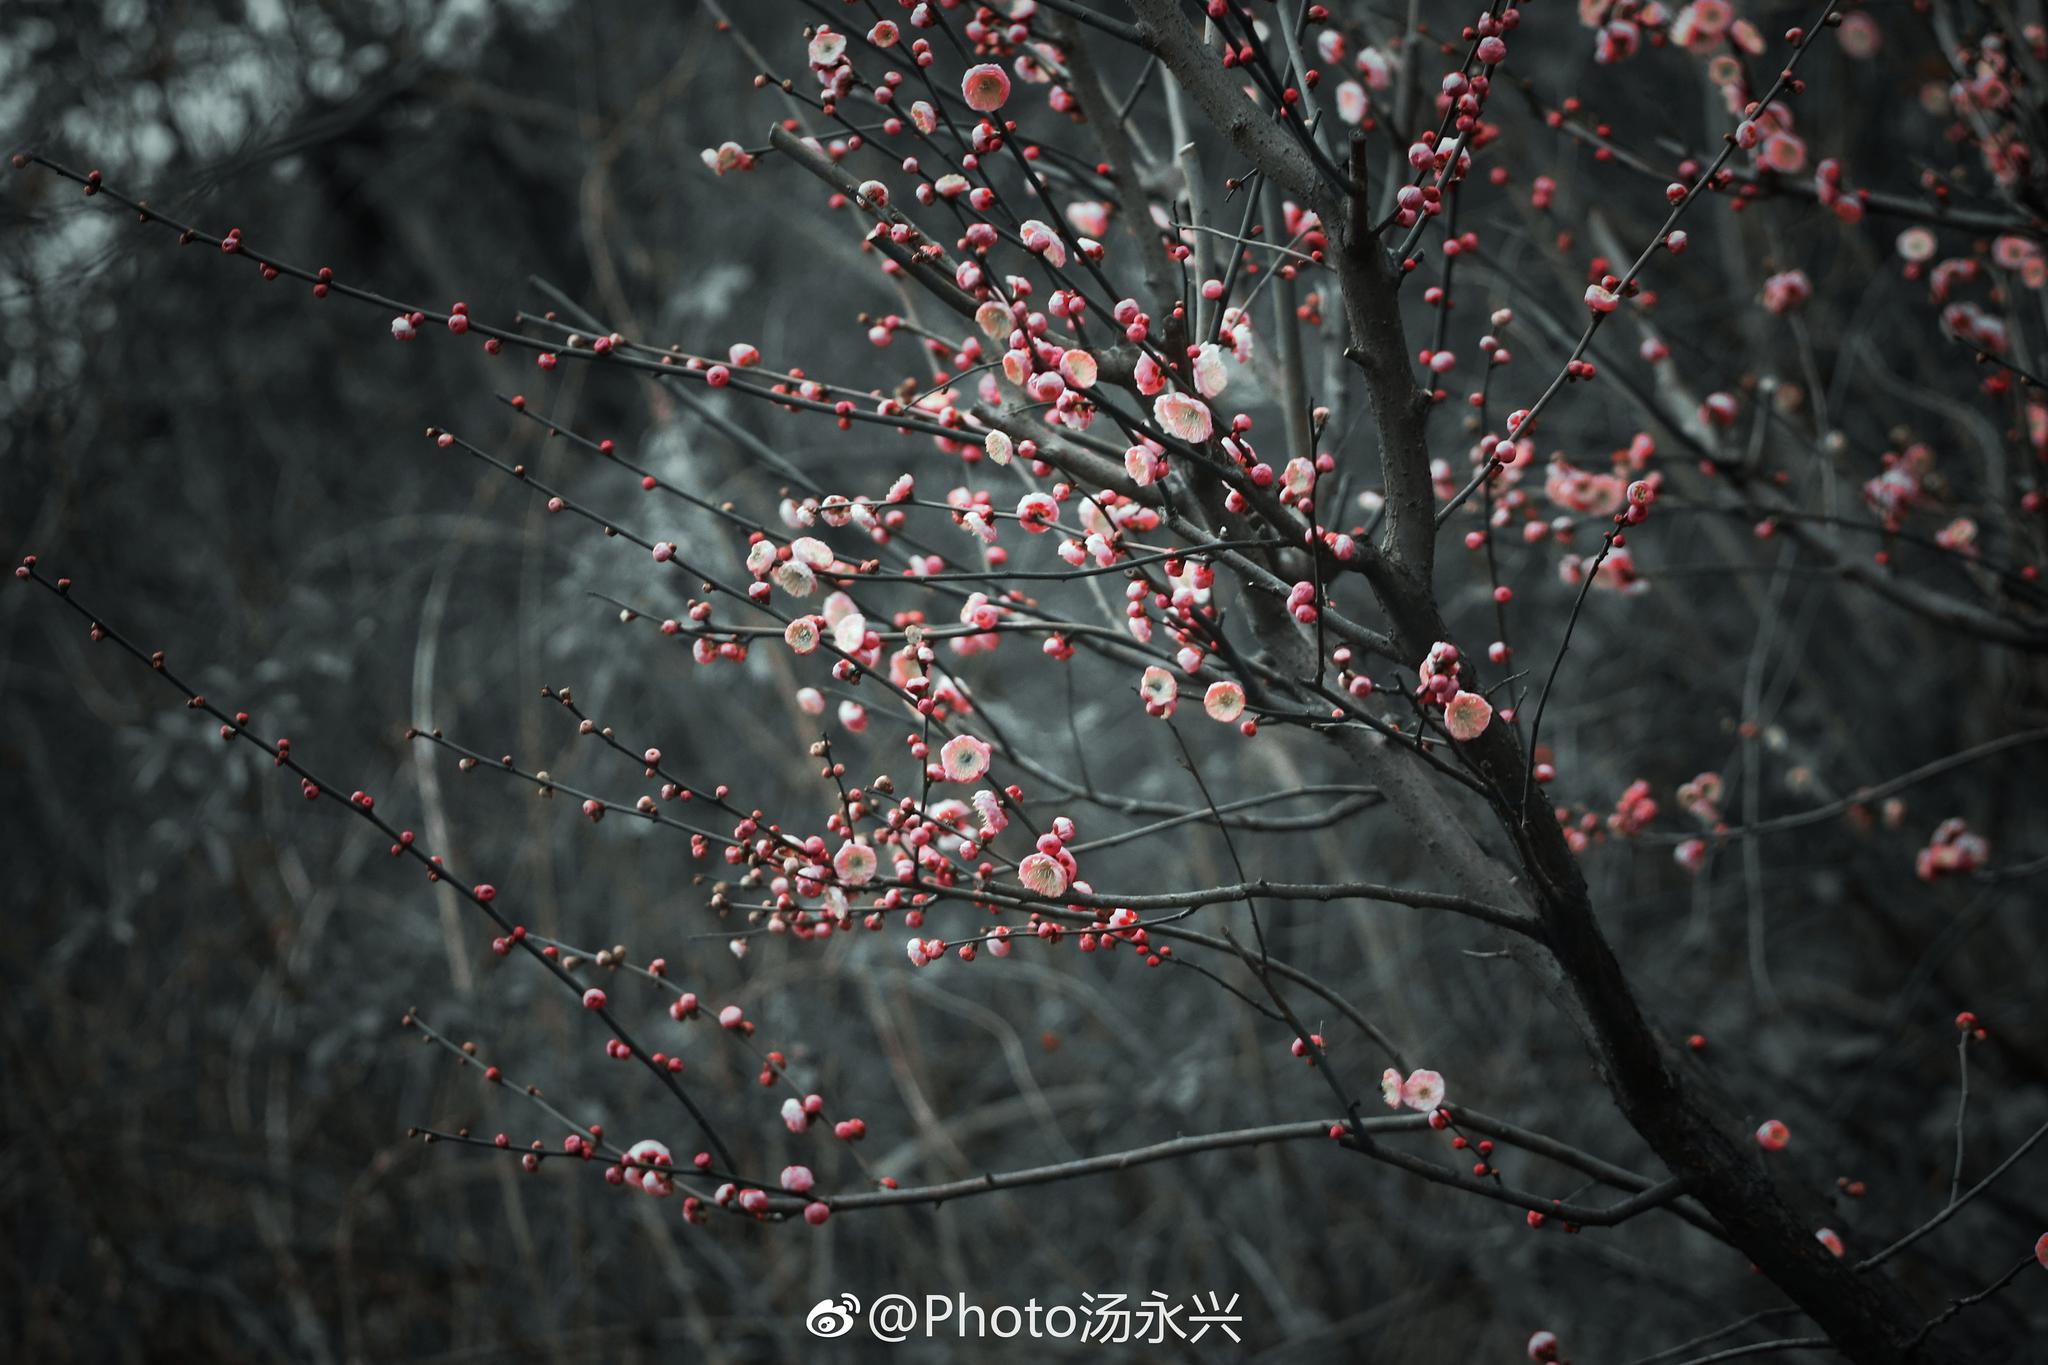
春云吹散湘帘雨，絮黏蝴蝶飞还住。